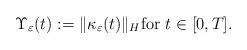
LaTeX: \begin{align*}\Upsilon_{\varepsilon}(t) := \| \kappa_{\varepsilon}(t) \|_H \textrm{for $t \in [0,T]$}.\end{align*}